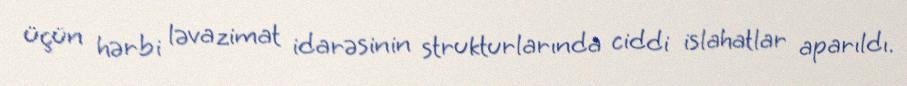
üçün hərbi ləvazimat idarəsinin strukturlarında ciddi islahatlar aparıldı.